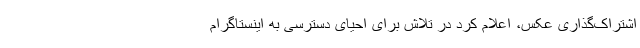
اشتراک‌گذاری عکس، اعلام کرد در تلاش برای احیای دسترسی به اینستاگرام